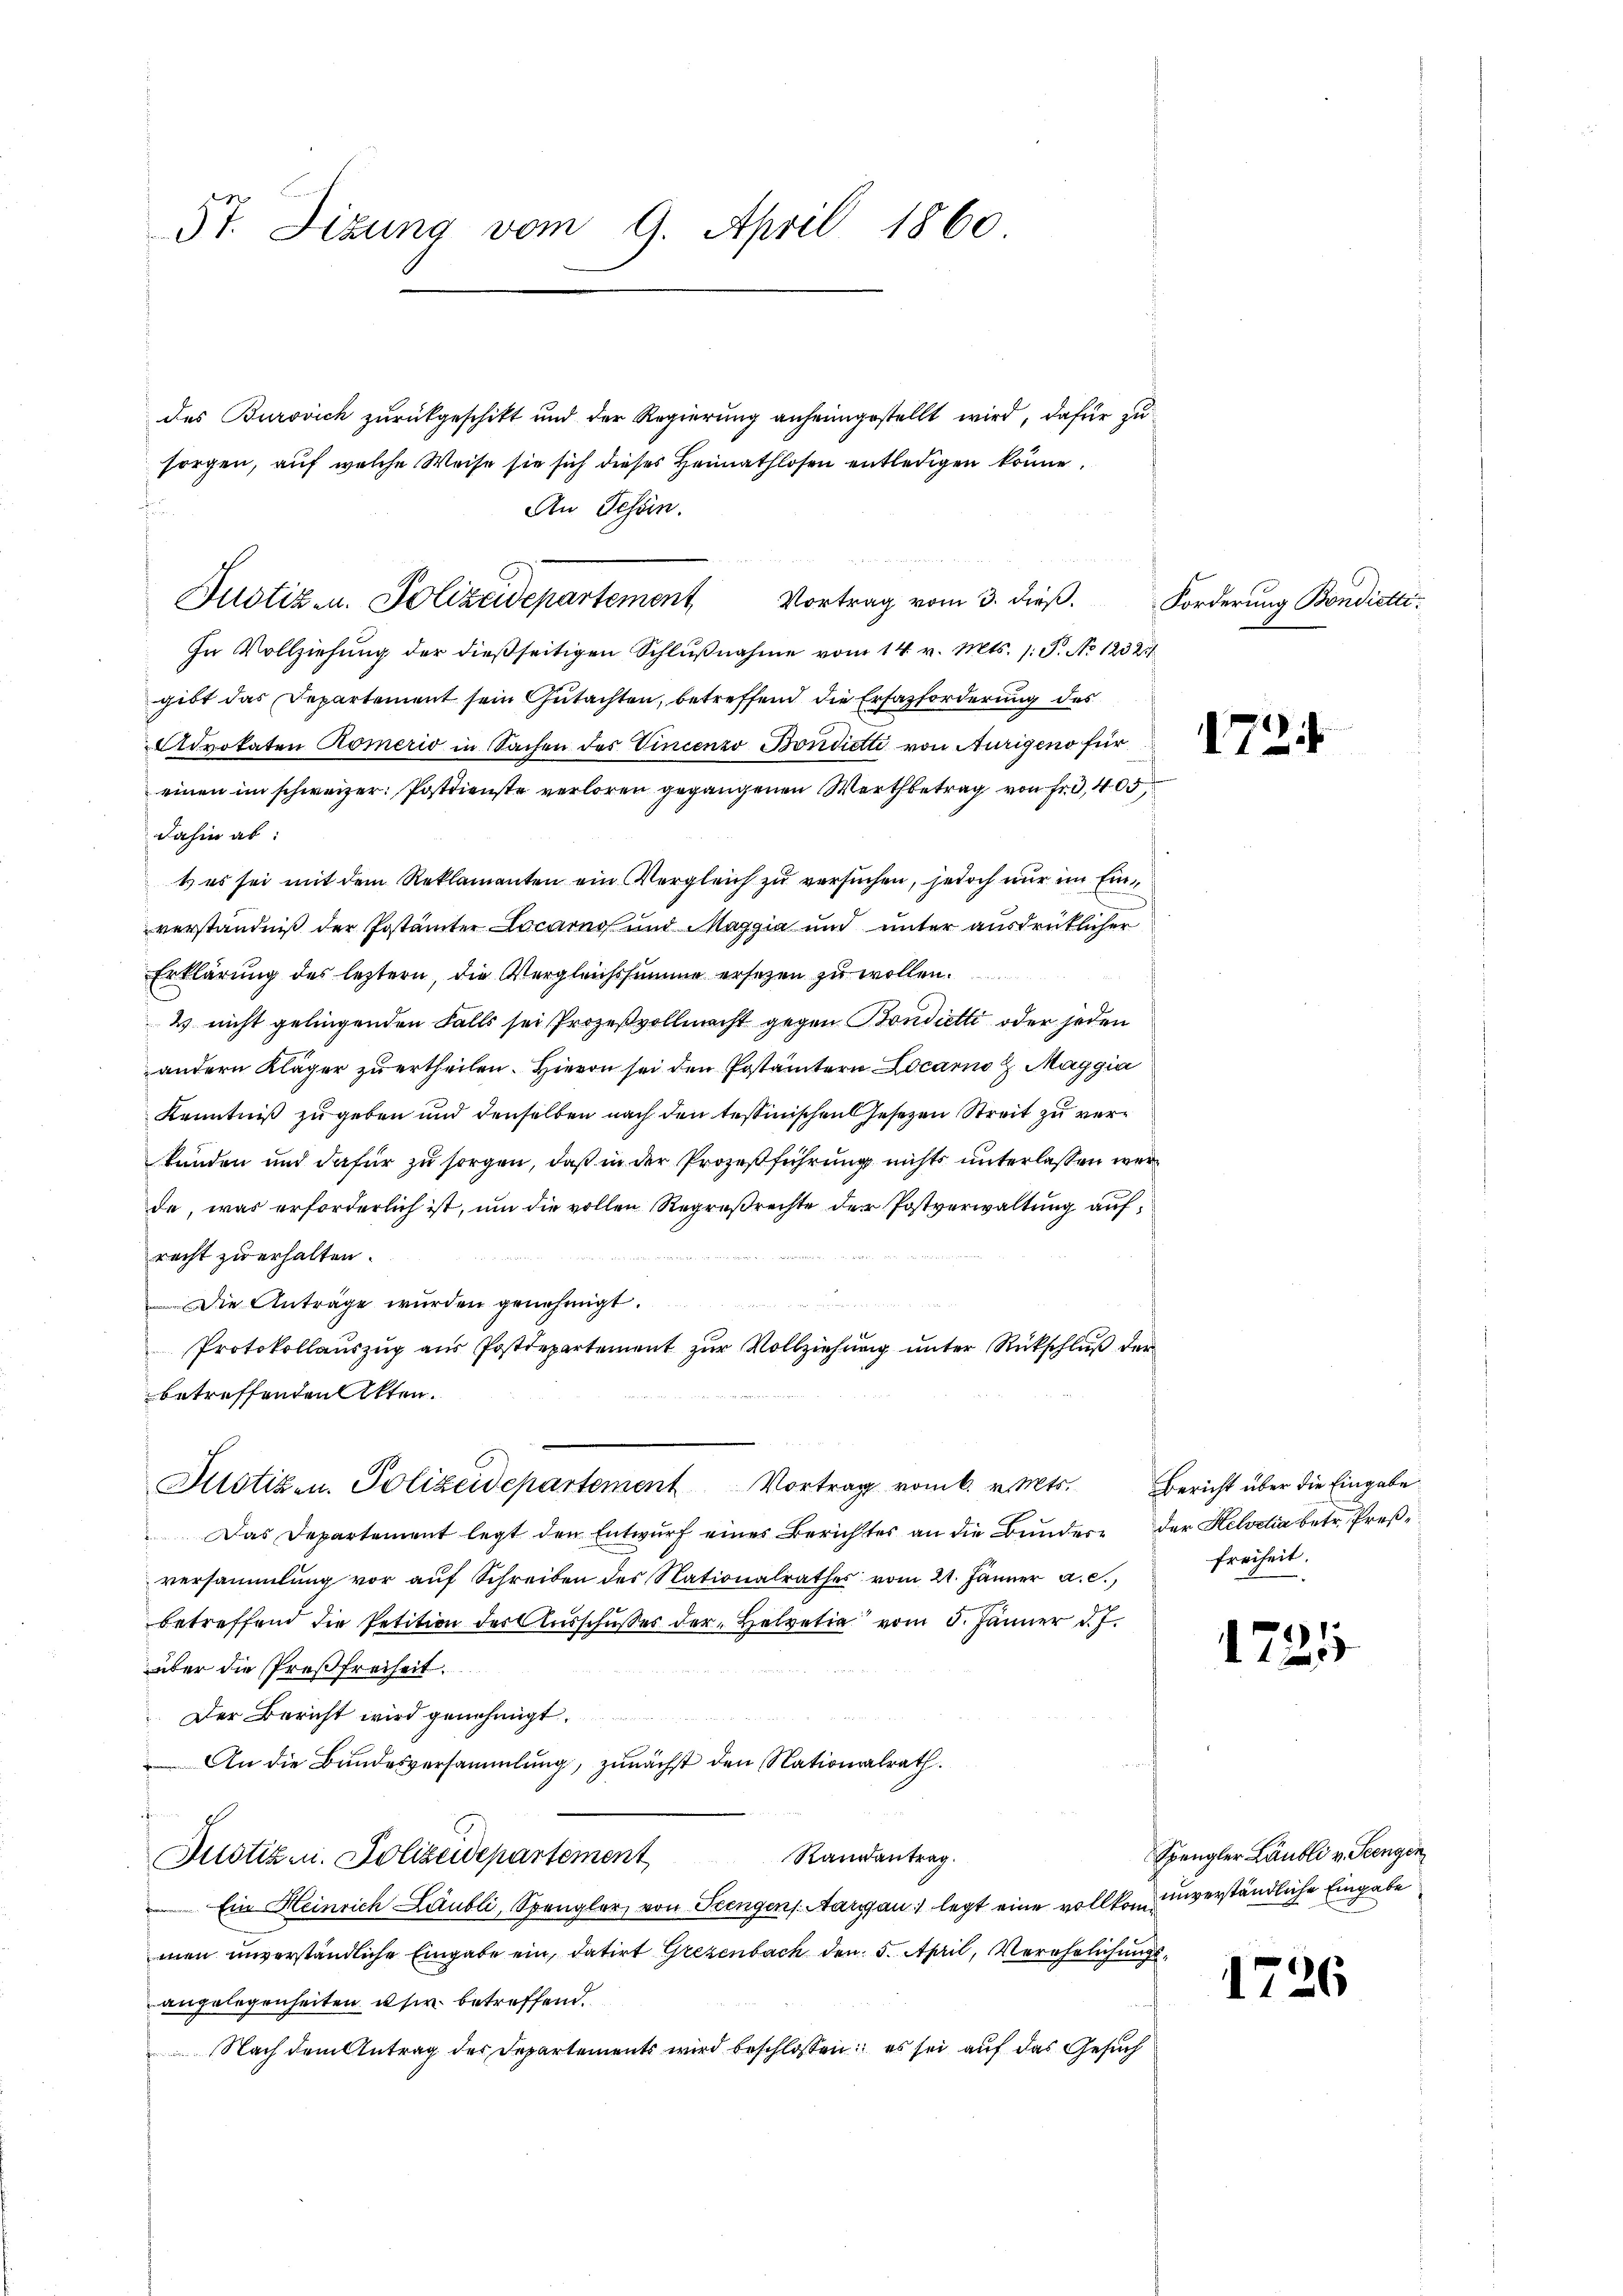
5t. Sizung vom 9. April 1860

des Burovich zurückgeschikt und der Regierung anheimgestellt wird, dafür zu
sorgen, auf welche Weise sie sich dieses Heimathlosen entledigen könne.
f
An Tessin.

Justiz- u. Polizeidepartement Vortrag vom 3. dieß. Forderung Bondietti.

In Vollziehung der dießseitigen Schlŭβnahme vom 14. v. Mts. 1. P. No 1232
gibt das Departement sein Gutachten, betreffend die Erfazforderung des
Advokaten Römerid in Sachen des Vincenzo Bondicti von Aurigen für
einen im schweizer: Postdienste verloren gegangenen Wertbetrag von fr., 405,
dahin ab:
t es sei mit dem Reklamanten ein Vergleich zu versuchen, jedoch nur im Einverständniß der Postämter Locarno und Maggia und unter ausdrücklicher
Erklärung des letztern, die Vergleichssumme ersezen zu wollen.
2 nicht gelingenden Falls sei Prozeßvollmacht gegen Bondietti oder jeden
andern Kläger zu ertheilen. Hievon sei den Postämtern Locarno d. Maggia
Kenntniß zu geben und denselben nach den tessinischen Gesezen Streit zu verkunden und dafür zu sorgen, daß in der Prozeßführung nichts unterlassen werde, was erforderlich ist, um die vollen Regresrechte der Postverwaltung auf,
recht zu erhalten.

Die Anträge wurden genehmigt.
Protokollaŭszŭg aŭs Postdepartement zŭr Vollziehŭng ŭnter Rückschlŭβ der
betreffenden Akten.
Justizen. Polizeidepartement Vortrag vom 6. v. Mts. Bericht über die Eingabe
Das Departement legt den Entwurf eines Berichtes an die Bundere der Helvetia betr. Preßversammlung vor auf Schreiben des Nationalrathes vom 21. Jänner a. c.,
betreffend die Petition der Ausschusses der Helvetia vom 5. Jänner d. J.
über die Preßfreiheit
Der Bericht wird genehmigt.
An die Bundesversammlung, zunächst den Nationalrath.
em
Randantrag.
Justiz u. Polizeidepartement
Ein Heinrich Laubli, Spengler, von Szengens Aargau legt eine vollkom unverständliche Eingabe
men unverständliche Eingabe ein, datirt Grezenbach den 5. April, Verehelichungs
angelegenheiten u sie betreffend.
Nach dem Antrag des Departements wird beschlossen: es sei auf das Gesuch

172

freiheit.

1721

1726

Spengler Läubli v. Seengen